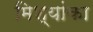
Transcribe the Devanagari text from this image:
मिश्यांका